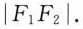
\left | F _ { 1 } F _ { 2 } \right |$$.